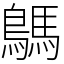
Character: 鷌